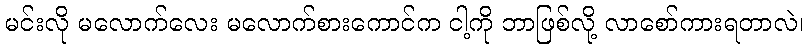
မင်းလို မလောက်လေး မလောက်စားကောင်က ငါ့ကို ဘာဖြစ်လို့ လာစော်ကားရတာလဲ၊